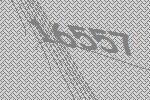
16557